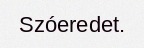
Szóeredet.